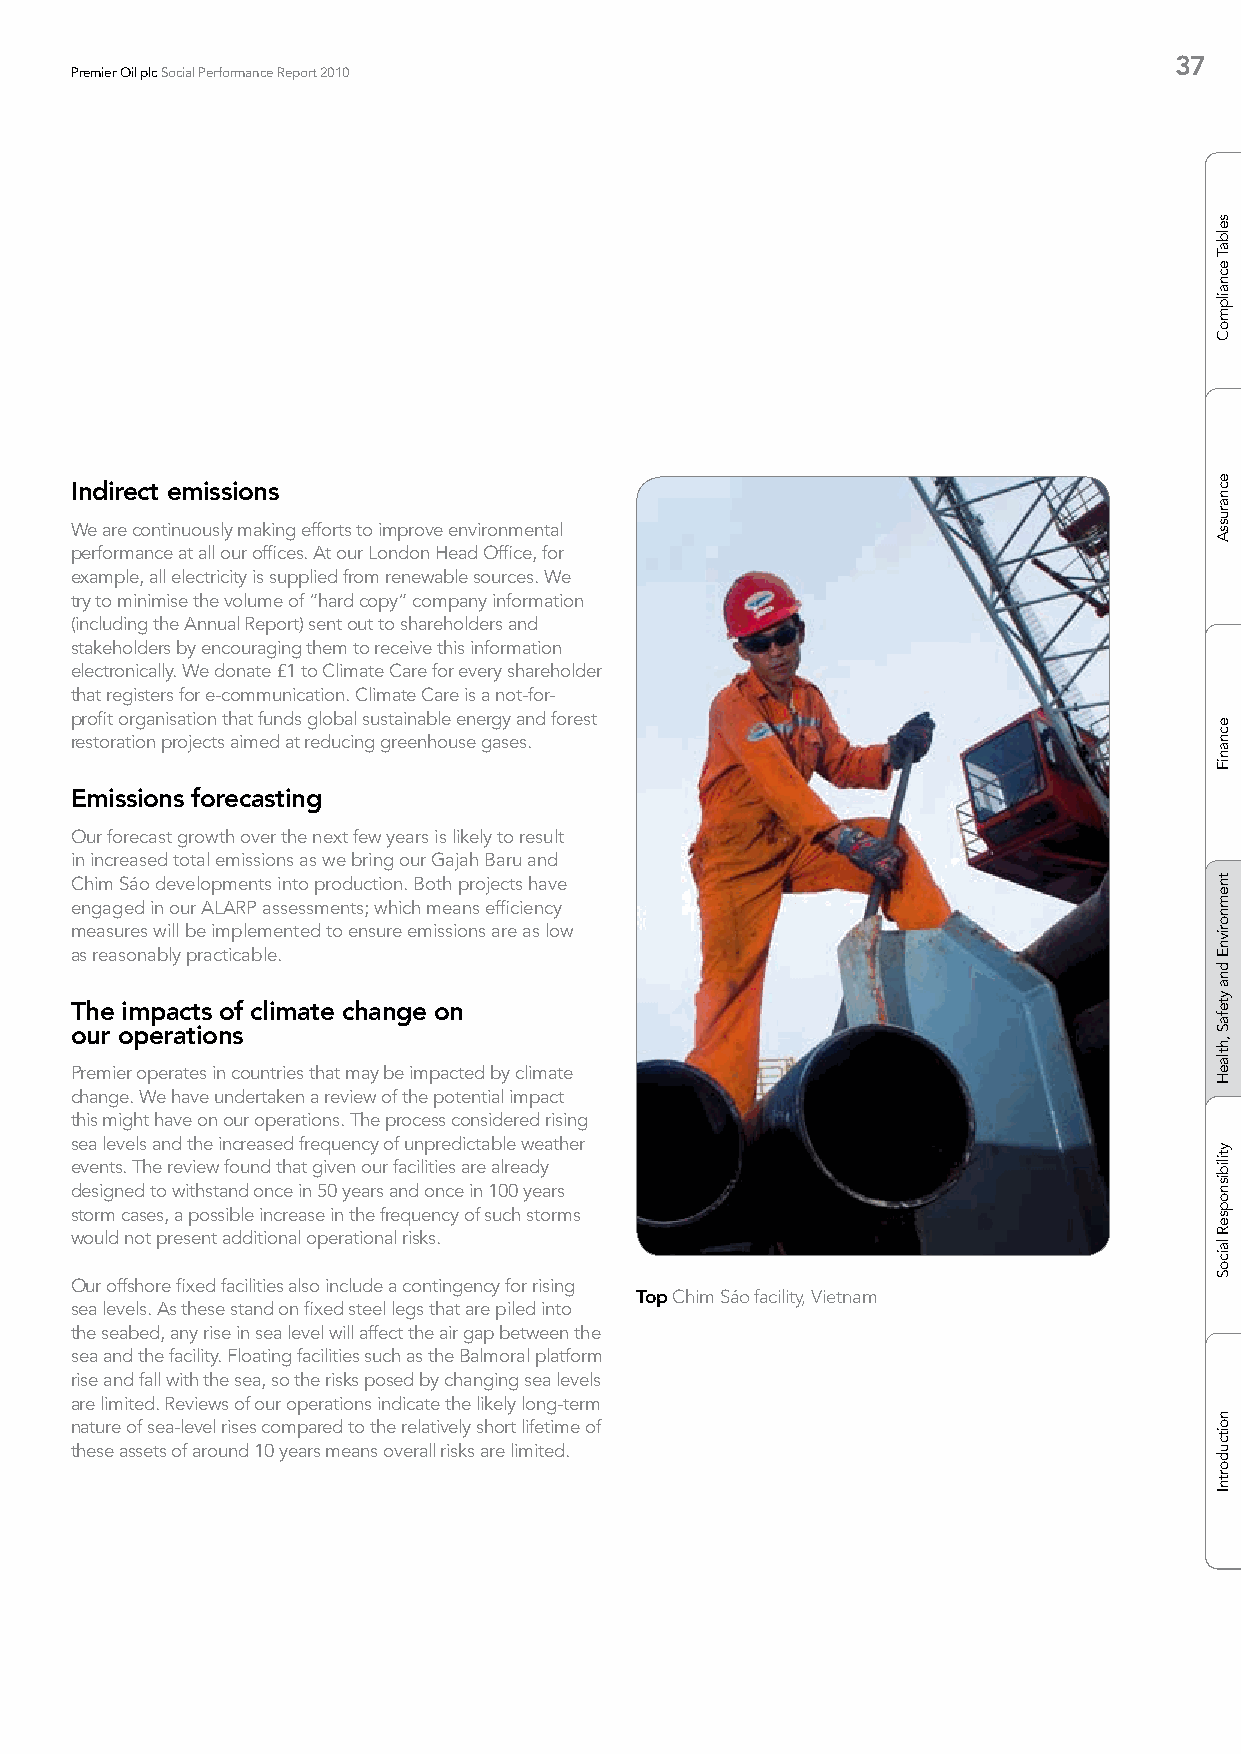
37
 Premier Oil plc Social Performance Report 2010
 Indirect emissions
 We are continuously making efforts to improve environmental
 performance at all our offices. At our London Head Office, for
 example, all electricity is supplied from renewable sources. We
 try to minimise the volume of “hard copy” company information
 (including the Annual Report) sent out to shareholders and
 stakeholders by encouraging them to receive this information
 electronically. We donate £1 to Climate Care for every shareholder
 that registers for e-communication. Climate Care is a not-for-
 profit organisation that funds global sustainable energy and forest
 restoration projects aimed at reducing greenhouse gases.
 Emissions forecasting
 Our forecast growth over the next few years is likely to result
 in increased total emissions as we bring our Gajah Baru and
 Chim Sáo developments into production. Both projects have
 engaged in our ALARP assessments; which means efficiency
 measures will be implemented to ensure emissions are as low
 as reasonably practicable.
 The impacts of climate change on
 our operations
 Premier operates in countries that may be impacted by climate
 change. We have undertaken a review of the potential impact
 this might have on our operations. The process considered rising
 sea levels and the increased frequency of unpredictable weather
 events. The review found that given our facilities are already
 designed to withstand once in 50 years and once in 100 years
 storm cases, a possible increase in the frequency of such storms
 would not present additional operational risks.
 Our offshore fixed facilities also include a contingency for rising
 Top Chim Sáo facility, Vietnam
 sea levels. As these stand on fixed steel legs that are piled into
 the seabed, any rise in sea level will affect the air gap between the
 sea and the facility. Floating facilities such as the Balmoral platform
 rise and fall with the sea, so the risks posed by changing sea levels
 are limited. Reviews of our operations indicate the likely long-term
 nature of sea-level rises compared to the relatively short lifetime of
 these assets of around 10 years means overall risks are limited.
 selbaT
 ecnailpmoC
 ecnarussA
 ecnaniF
 tnemnorivnE
 dna
 ytefaS
 ,htlaeH
 ytilibisnopseR
 laicoS
 noitcudortnI